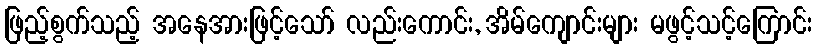
ဖြည့်စွက်သည့် အနေအားဖြင့်သော် လည်းကောင်း, အိမ်ကျောင်းများ မဖွင့်သင့်ကြောင်း